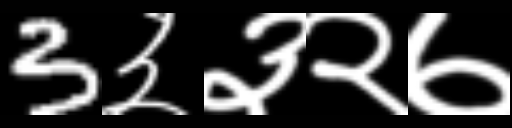
Text: 3३३२७